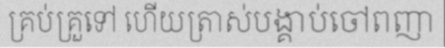
គ្រប់គ្រួទៅ ហើយត្រាស់បង្គាប់ចៅពញា